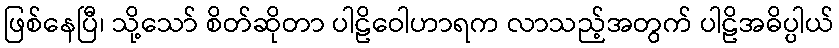
ဖြစ်နေပြီ၊ သို့သော် စိတ်ဆိုတာ ပါဠိဝေါဟာရက လာသည့်အတွက် ပါဠိအဓိပ္ပါယ်